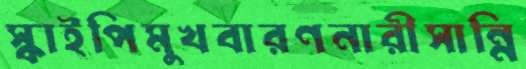
স্কাইপিমুখবারণনারীসান্নি